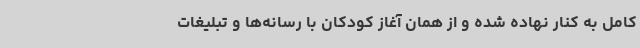
کامل به کنار نهاده شده و از همان آغاز کودکان با رسانه‌ها و تبلیغات